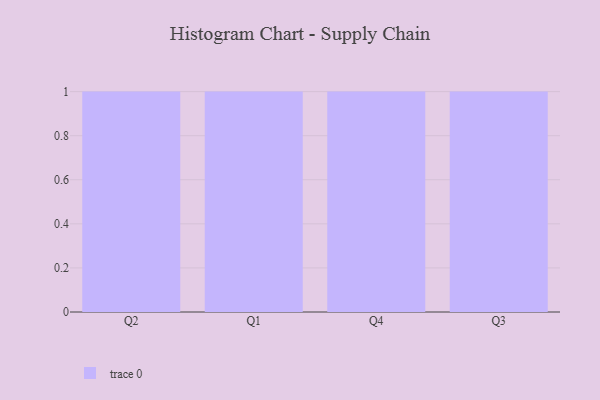
{"axis": {"x": "Quarter", "y": "Temperature (°C)"}, "legend": [""], "data": [{"x": "Q2", "y": 70, "type": ""}, {"x": "Q1", "y": 92, "type": ""}, {"x": "Q4", "y": 93, "type": ""}, {"x": "Q3", "y": 24, "type": ""}]}